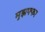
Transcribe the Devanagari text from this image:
मुझफ्फर